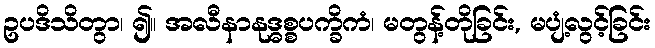
ဥပဒိသိတွာ၊ ၍။ အလီနာနုဒ္ဓစ္စပက္ခိကံ၊ မတွန့်တိုခြင်း, မပျံ့လွင့်ခြင်း